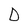
Character: D